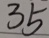
3 5